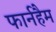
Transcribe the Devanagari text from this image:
फार्नहैम